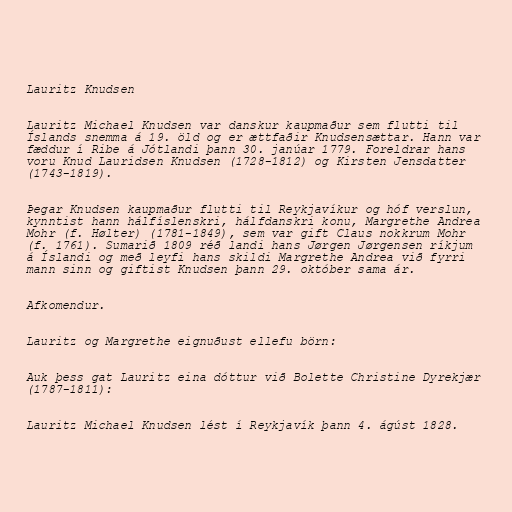
Lauritz Knudsen

Lauritz Michael Knudsen var danskur kaupmaður sem flutti til
Íslands snemma á 19. öld og er ættfaðir Knudsensættar. Hann var
fæddur í Ribe á Jótlandi þann 30. janúar 1779. Foreldrar hans
voru Knud Lauridsen Knudsen (1728-1812) og Kirsten Jensdatter
(1743-1819).

Þegar Knudsen kaupmaður flutti til Reykjavíkur og hóf verslun,
kynntist hann hálfíslenskri, hálfdanskri konu, Margrethe Andrea
Mohr (f. Hølter) (1781-1849), sem var gift Claus nokkrum Mohr
(f. 1761). Sumarið 1809 réð landi hans Jørgen Jørgensen ríkjum
á Íslandi og með leyfi hans skildi Margrethe Andrea við fyrri
mann sinn og giftist Knudsen þann 29. október sama ár.

Afkomendur.

Lauritz og Margrethe eignuðust ellefu börn:

Auk þess gat Lauritz eina dóttur við Bolette Christine Dyrekjær
(1787-1811):

Lauritz Michael Knudsen lést í Reykjavík þann 4. ágúst 1828.